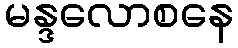
မန္ဒလောစနေ